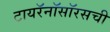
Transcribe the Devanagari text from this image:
टायरॅनॉसॉरसची